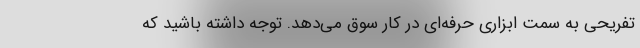
تفریحی به سمت ابزاری حرفه‌ای در کار سوق می‌دهد. توجه داشته باشید که